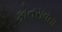
કોતરાવતા